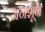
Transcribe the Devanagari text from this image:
अनशून